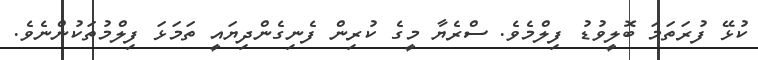
ކުޅޭ ފުރަތަމަ ބޮލީވުޑު ފިލްމެވެ. ސްރެޔާ މީގެ ކުރިން ފެނިގެންދިޔައީ ތަމަޅަ ފިލްމުތަކުންނެވެ.